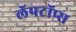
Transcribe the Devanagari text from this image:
लॅपटॉप्स